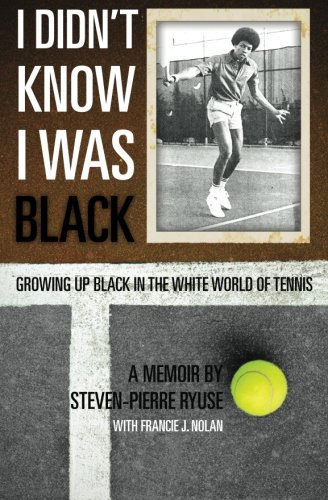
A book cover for I Didn't Know I Was Black: Growing up Black in the White World of Tennis; Steven-Pierre Ryuse; Sports & Outdoors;